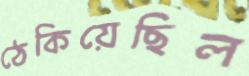
ঠেকিয়েছিল